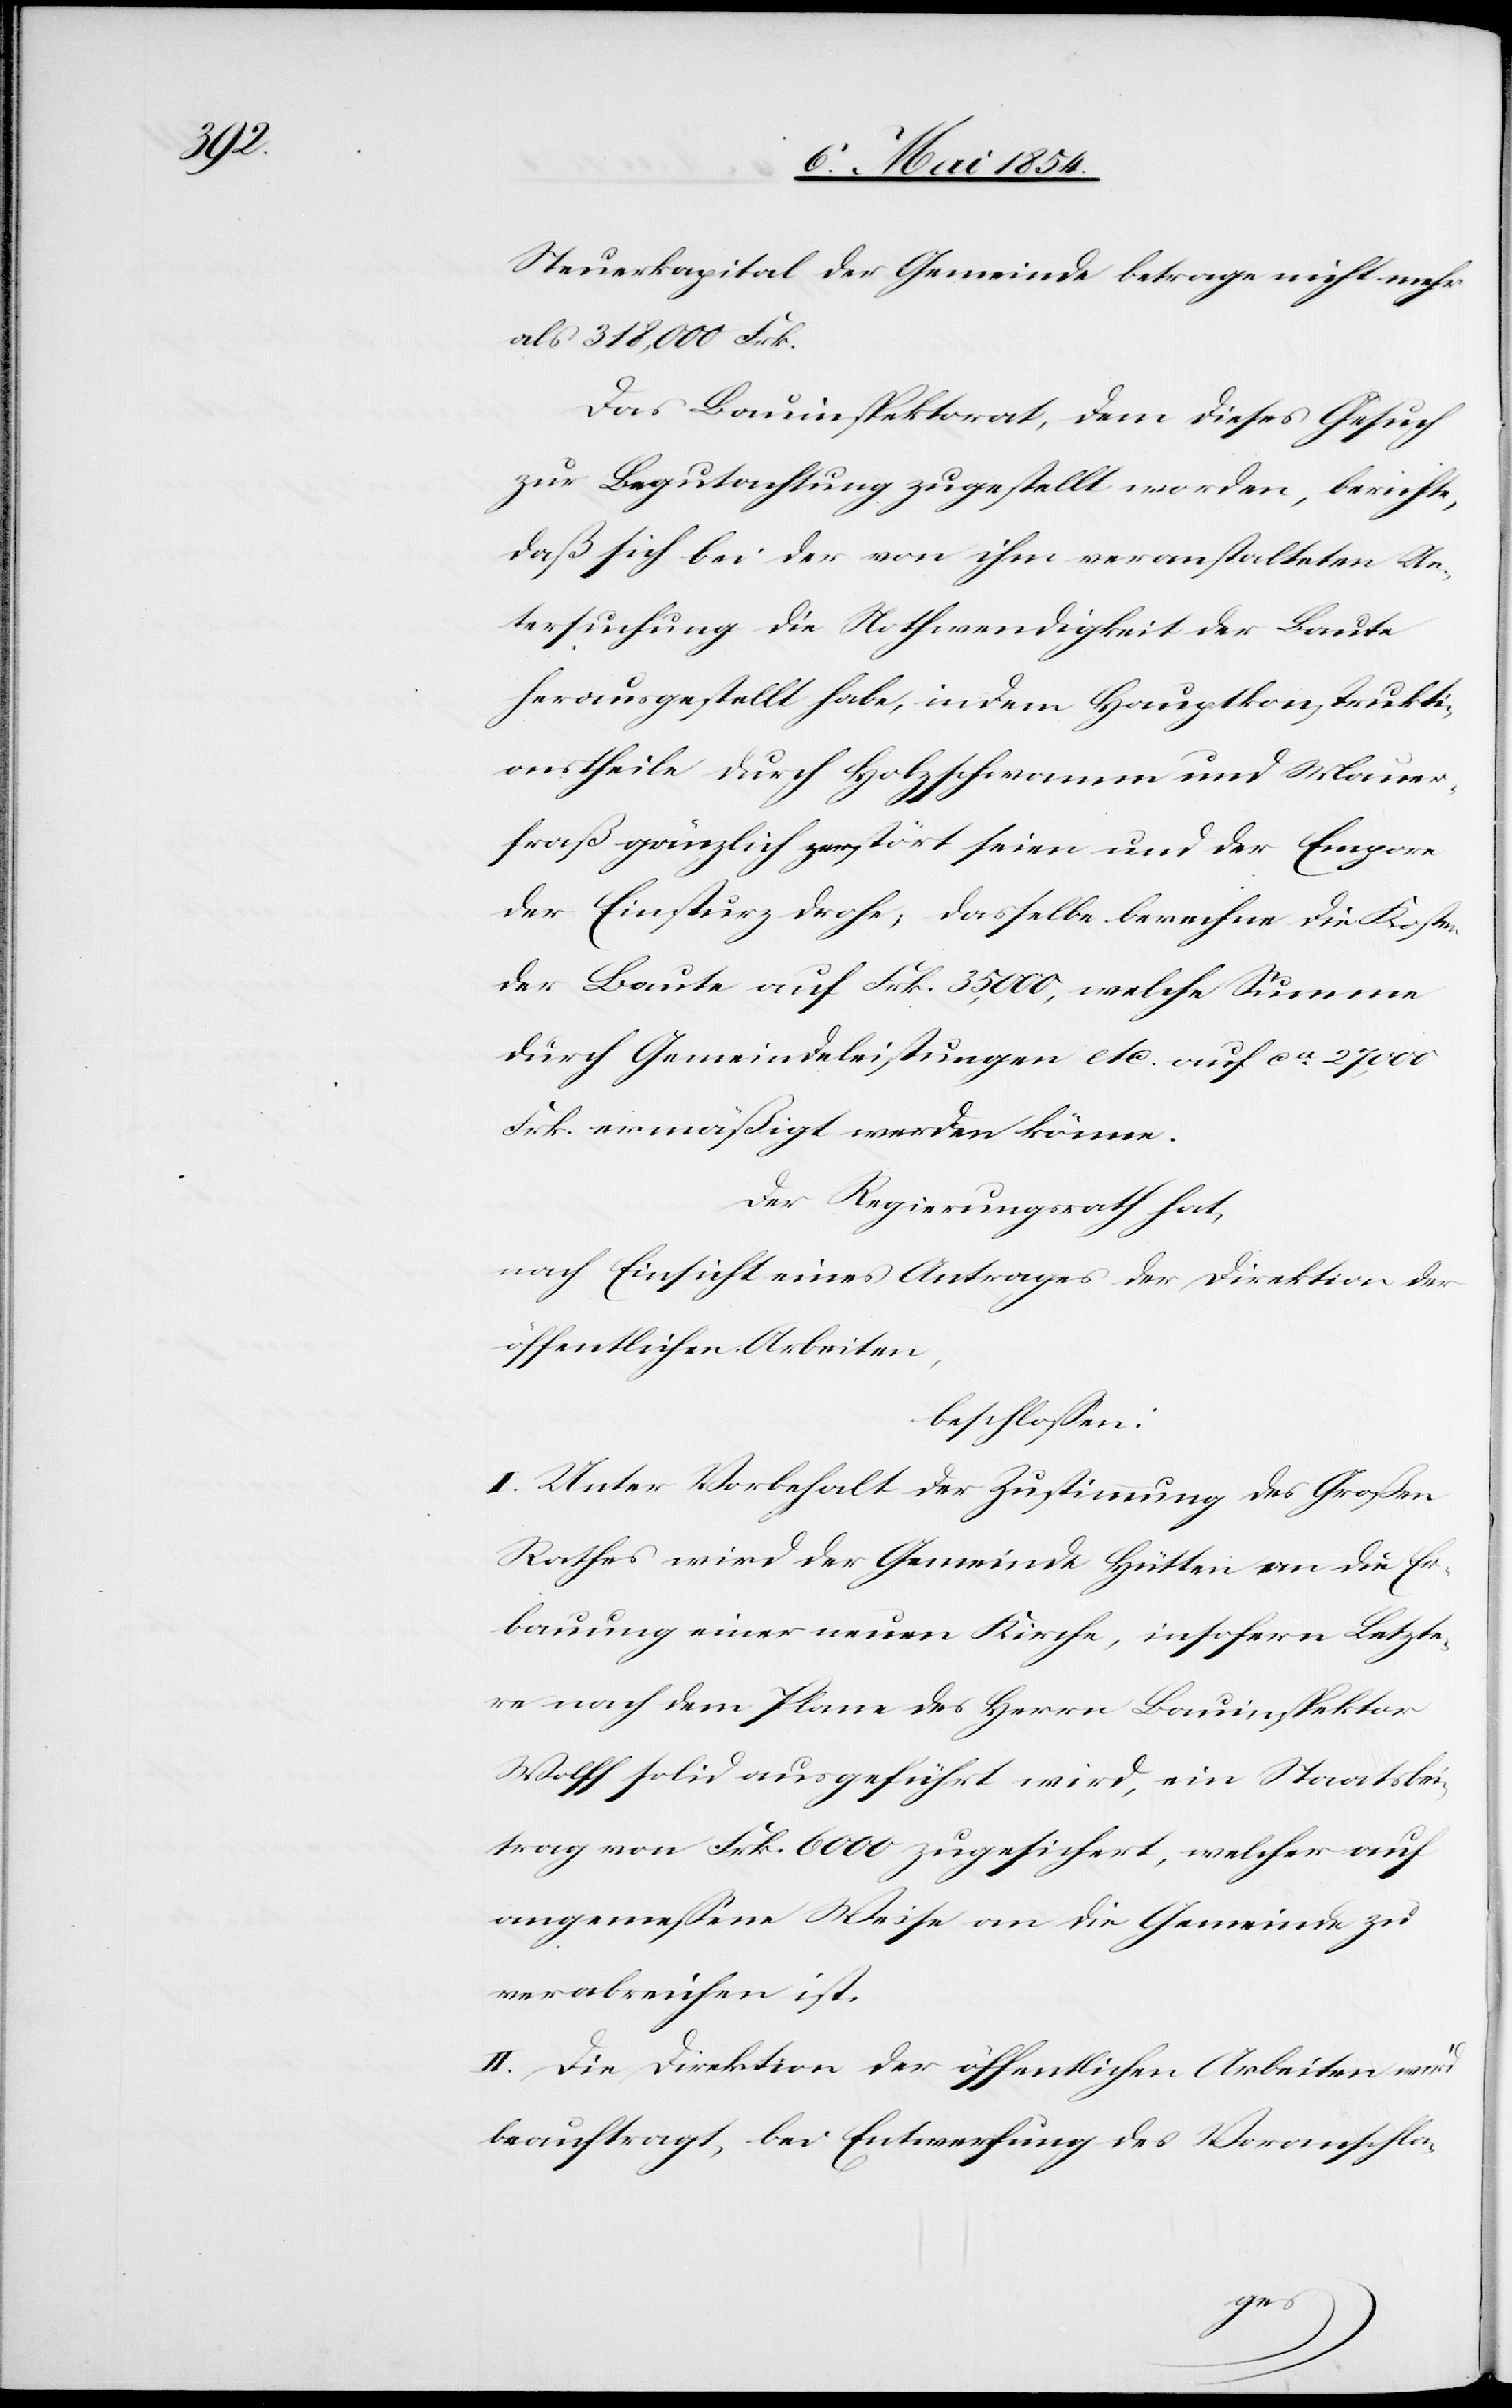
Steuerkapital der Gemeinde betrage nicht mehr
als 318,000 Frk.
Das Bauinspektorat, dem dieses Gesuch
zur Begutachtung zugestellt worden, berichte,
daß sich bei der von ihm veranstalteten Un¬
tersuchung die Nothwendigkeit der Baute
herausgestellt habe, indem Hauptkonstrukti¬
onstheile durch Holzschwamm und Mauer¬
fraß gänzlich zerstört seien und der Empore
der Einsturz drohe, dasselbe berechne die Kosten
der Baute auf Frk. 35,000, welche Summe
durch Gemeindeleistungen etc. auf ca 27,000
Frk. ermäßigt werden könne.
Der Regierungsrath hat,
nach Einsicht eines Antrages der Direktion der
öffentlichen Arbeiten,
beschloßen:
I. Unter Vorbehalt der Zustimmung des Großen
Rathes wird der Gemeinde Hütten an die Er¬
bauung einer neuen Kirche, insofern Letzte¬
re nach dem Plane des Herrn Bauinspektor
Wolff solid ausgeführt wird, ein Staatsbei¬
trag von Frk. 6000 zugesichert, welcher auf
angemeßene Weise an die Gemeinde zu
verabreichen ist.
II. Die Direktion der öffentlichen Arbeiten wird
beauftragt, bei Entwerfung des Voranschla-